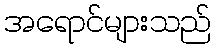
အရောင်များသည်